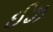
ઈઝ